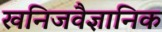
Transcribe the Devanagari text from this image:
खनिजवैज्ञानिक